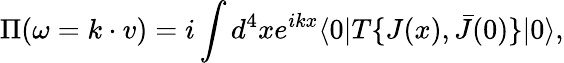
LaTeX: \Pi(\omega=k\cdot v)=i\int d^{4}xe^{ikx}\langle 0|T\{ J(x),\bar{J}(0)\} |0\rangle,